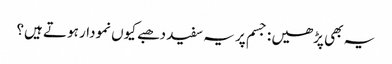
یہ بھی پڑھیں : جسم پر یہ سفید دھبے کیوں نمودار ہوتے ہیں؟